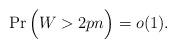
LaTeX: \begin{align*}\Pr\Big(W > 2pn \Big) = o(1).\end{align*}